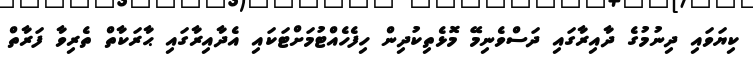
ކިޔަވައި ދިނުމުގެ ދާއިރާގައި ދަސްވެނިމޭ މޮޅެތިކުދިން ހިފެހެއްޓުމަށްޓަކައި އެދާއިރާގައި ޙާރަކާތް ތެރިވާ ފަރާތް